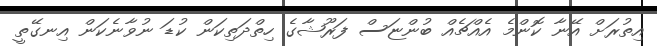
އިތުރަށް އޭނާ ކޮންމެ އެއްޗެއް ބުންޏަސް ފަރޫޝާގެ ހިތްދަތިކަން ކުޑަ ނުވާނެކަން އިނގޭތީ